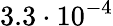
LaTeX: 3.3\cdot 10^{-4}